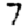
Digit: 7